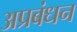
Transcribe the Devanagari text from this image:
अप्रबंधन